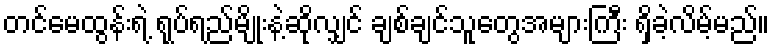
တင်မေထွန်းရဲ့ ရုပ်ရည်မျိုးနဲ့ဆိုလျှင် ချစ်ချင်သူတွေအများကြီး ရှိခဲ့လိမ့်မည်။